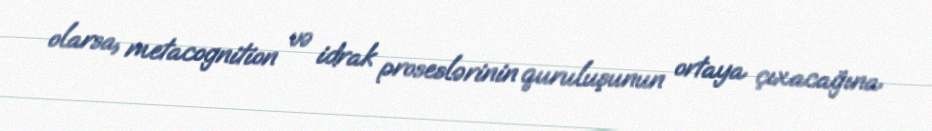
olarsa, metacognition və idrak proseslərinin quruluşunun ortaya çıxacağına